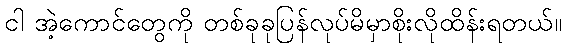
ငါ အဲ့ကောင်တွေကို တစ်ခုခုပြန်လုပ်မိမှာစိုးလိုထိန်းရတယ်။